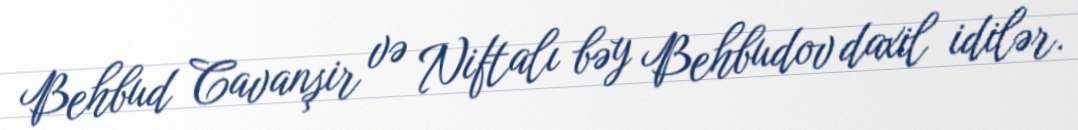
Behbud Cavanşir və Niftalı bəy Behbudov daxil idilər.